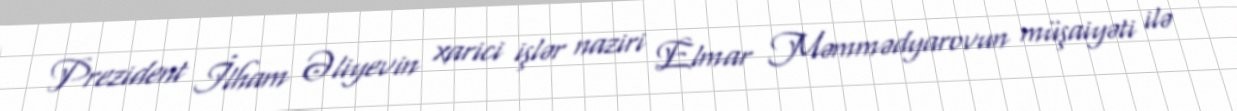
Prezident İlham Əliyevin xarici işlər naziri Elmar Məmmədyarovun müşaiyəti ilə